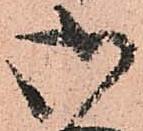
御